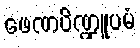
ဖေဏပိဏ္ဍူပမံ